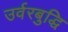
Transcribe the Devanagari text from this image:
उर्वरबुद्धि